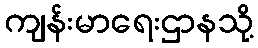
ကျန်းမာရေးဌာနသို့